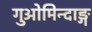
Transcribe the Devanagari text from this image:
गुओमिन्दाङ्ग